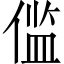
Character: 𫣉